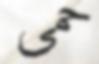
حمى